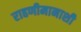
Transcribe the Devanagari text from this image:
राहणीमानाशी